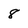
Character: 8